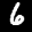
Label: 6